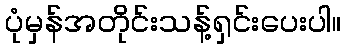
ပုံမှန်အတိုင်းသန့်ရှင်းပေးပါ။